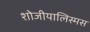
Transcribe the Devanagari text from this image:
शोजीयालिस्मस